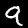
Digit: 9